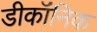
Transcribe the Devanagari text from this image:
डीकॉंनिक